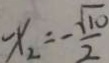
x _ { 2 } = - \frac { \sqrt { 1 0 } } { 2 }